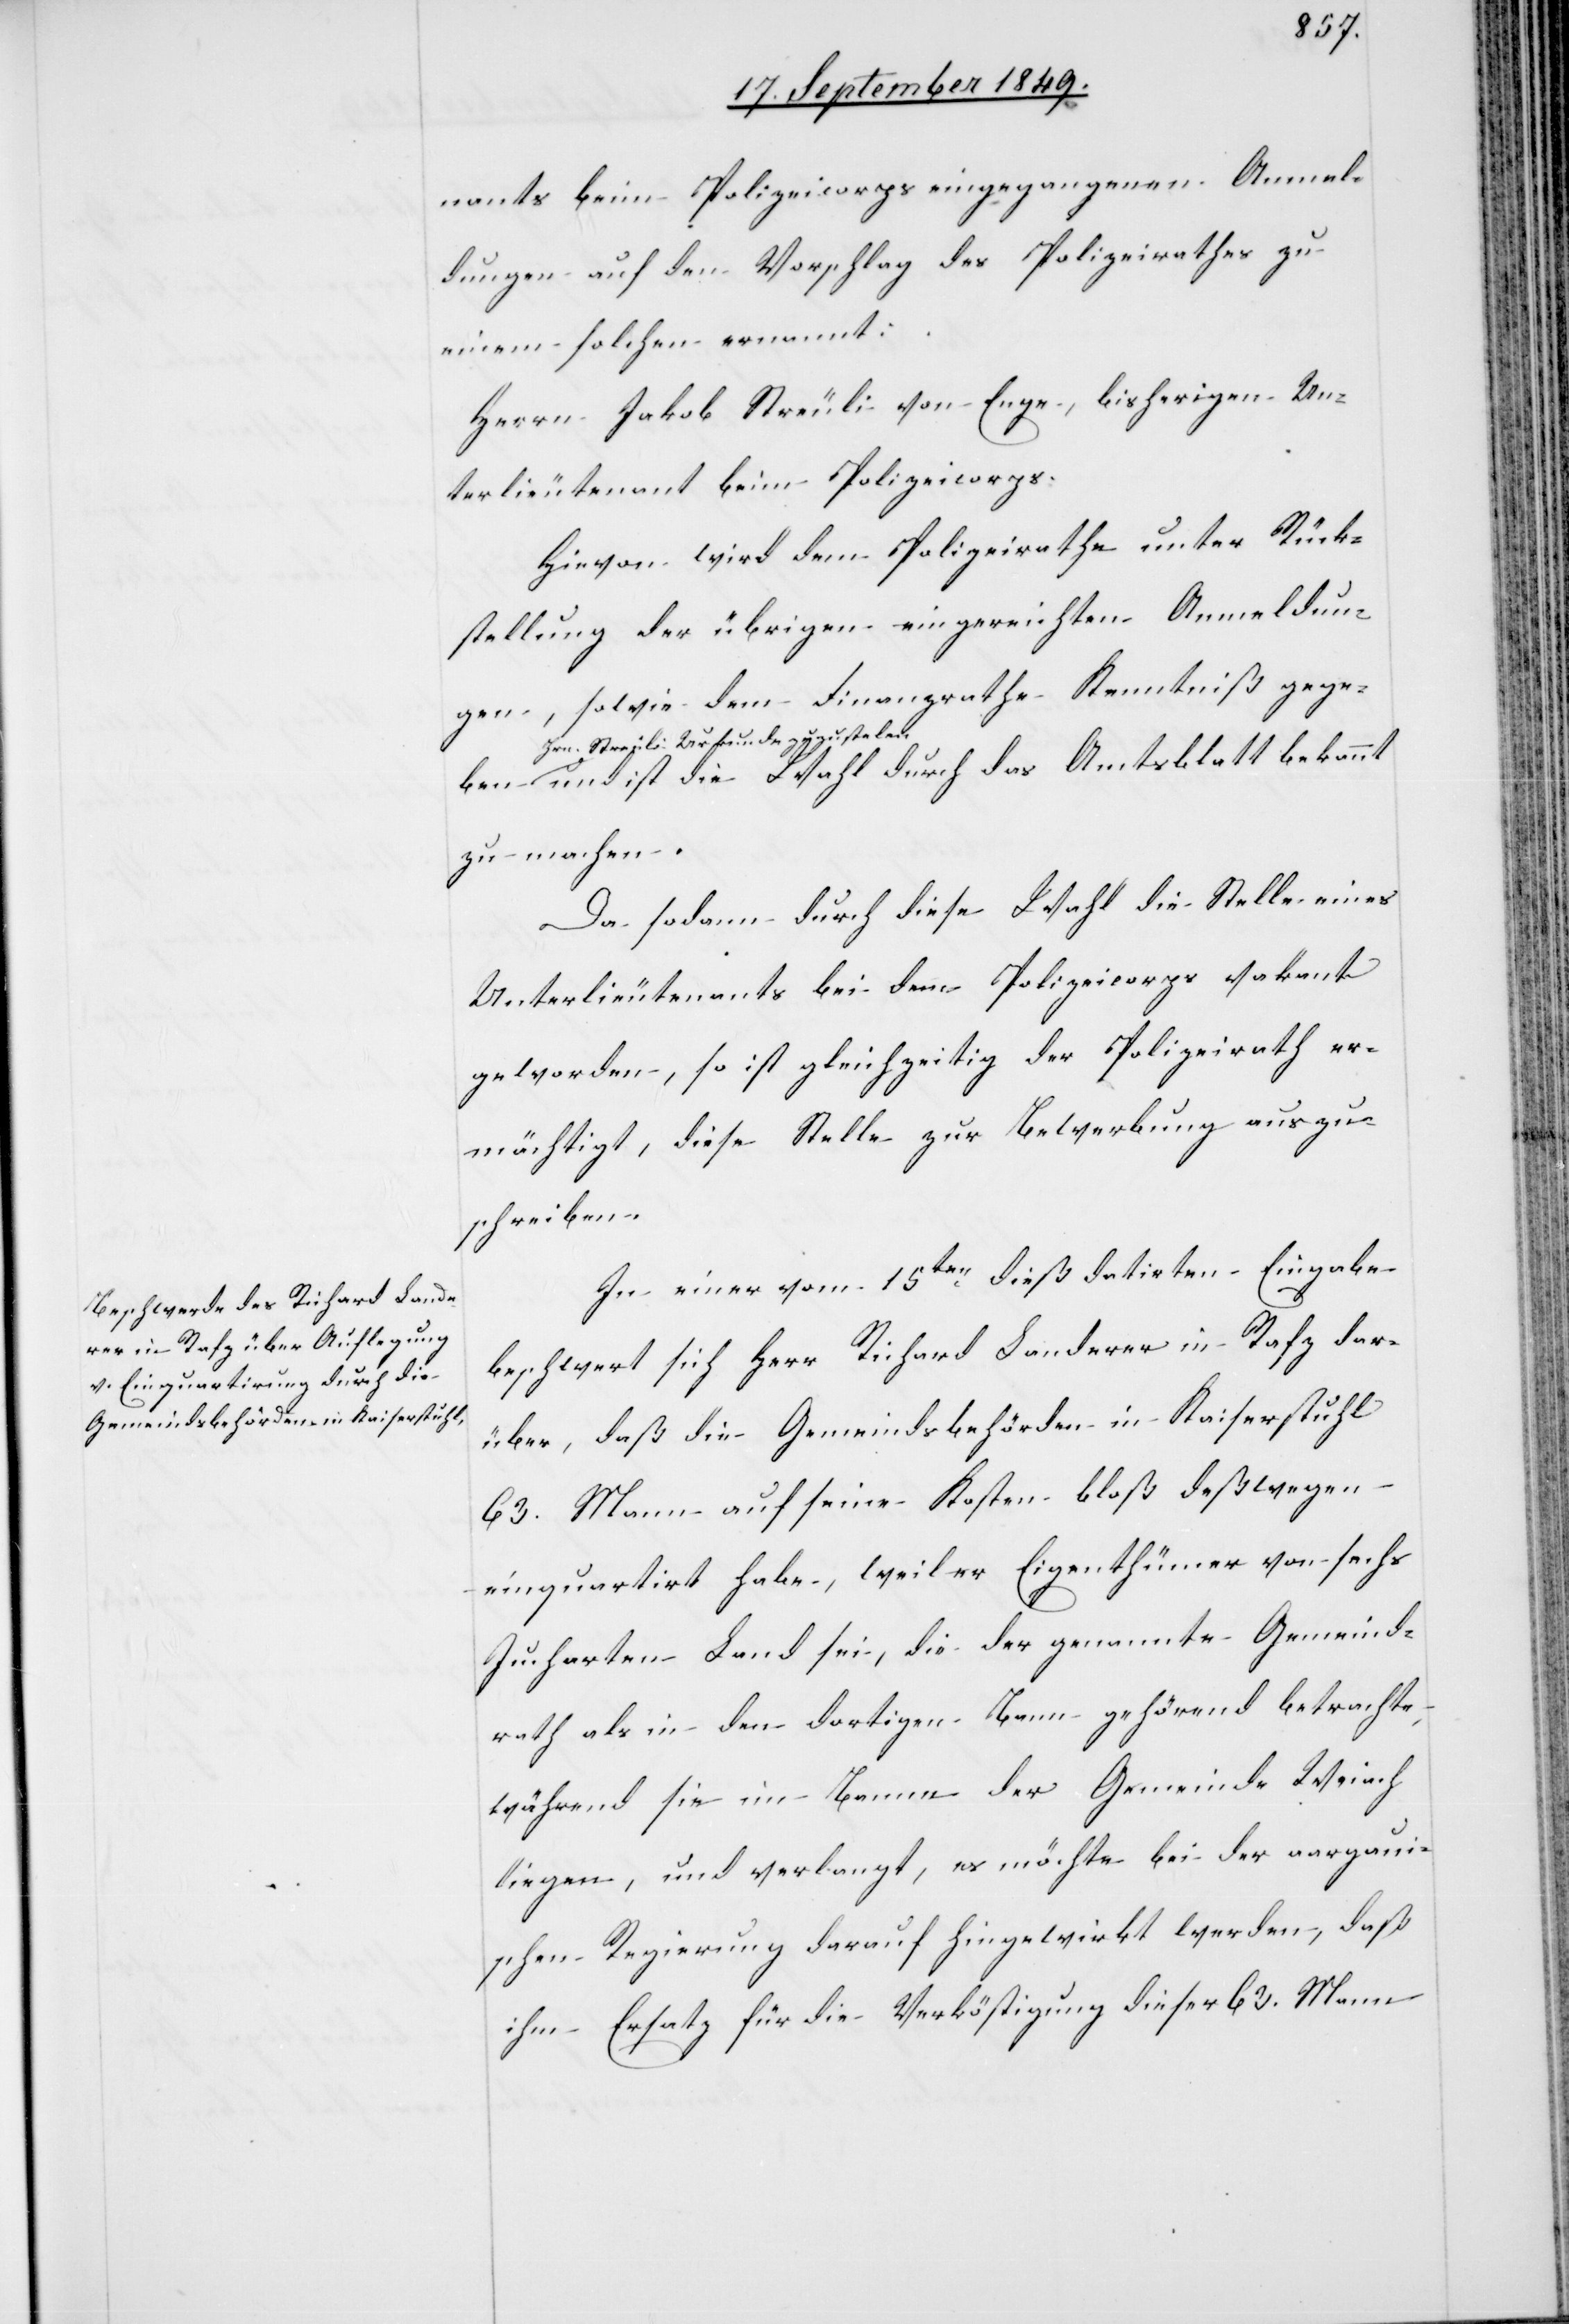
nants beim Polizeicorps eingegangenen Anmel¬
dungen auf den Vorschlag des Polizeirathes zu
einem solchen ernannt:
Herrn Jakob Streuli von Enge, bisherigen Un¬
terlieutenant beim Polizeicorps.
Hievon wird dem Polizeirathe unter Rück¬
stellung der übrigen eingereichten Anmeldun¬
gen, sowie dem Finanzrathe Kenntniß gegeben
a-Hrn. Streuli Urkunde zuzustel[l]e¬
n-a und ist die Wahl durch das Amtsblatt bekannt
zu machen.
Da sodann durch diese Wahl die Stelle eines
Unterlieutenants bei dem Polizeicorps vakant
geworden, so ist gleichzeitig der Polizeirath er¬
mächtigt, diese Stelle zur Bewerbung auszu¬
schreiben.
In einer vom 15ten dieß datirten Eingabe
beschwert sich Herr Richard Landerer in Rafz dar¬
über, daß die Gemeindsbehörden in Kaiserstuhl
63. Mann auf seine Kosten bloß deßwegen
einquartirt habe, weil er Eigenthümer von sechs
Jucharten Land sei, die der genannte Gemeind¬
rath als in den dortigen Bann gehörend betrachte,
während sie im Banne der Gemeinde Weiach
liegen, und verlangt, es möchte bei der aargaui¬
schen Regierung darauf hingewirkt werden, daß
ihm Ersatz für die Verköstigung dieser 63. Mann